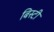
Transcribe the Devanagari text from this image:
बिस्टी